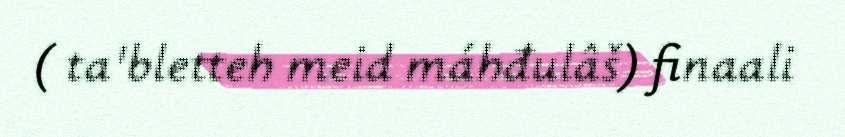
( ta'bletteh meid máhđulâš) finaali